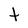
Character: t